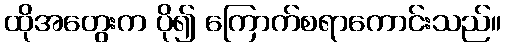
ထိုအတွေးက ပို၍ ကြောက်စရာကောင်းသည်။